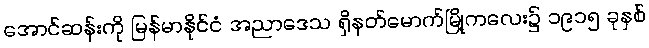
အောင်ဆန်းကို မြန်မာနိုင်ငံ အညာဒေသ ရှိနတ်မောက်မြို့ကလေး၌ ၁၉၁၅ ခုနှစ်